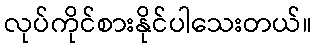
လုပ်ကိုင်စားနိုင်ပါသေးတယ်။